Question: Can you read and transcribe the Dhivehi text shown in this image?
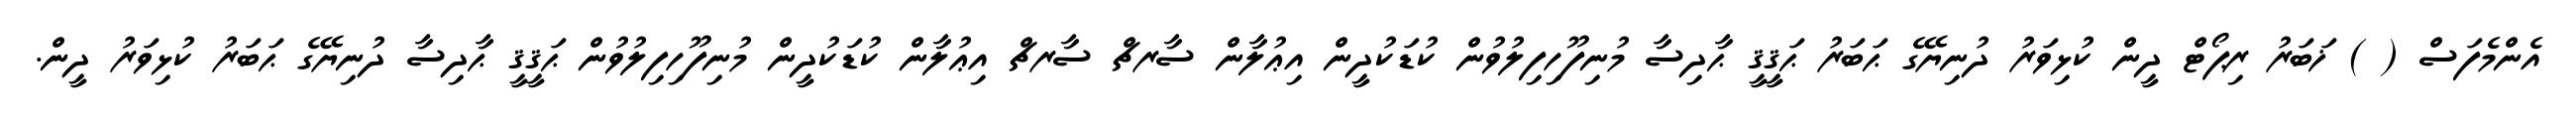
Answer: އެންމެފަސް ( ) ޚަބަރު ރިޕޯޓް ދީން ކުޅިވަރު ދުނިޔޭގެ ޙަބަރު ޙަޤީޤީ ޙާދިސާ މުނިފޫހިފިލުވުން ކުޑަކުދީން އިޢުލާން ސާރޗް ސާރޗް އިޢުލާން ކުޑަކުދީން މުނިފޫހިފިލުވުން ޙަޤީޤީ ޙާދިސާ ދުނިޔޭގެ ޙަބަރު ކުޅިވަރު ދީން.